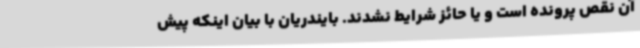
آن نقص پرونده است و یا حائز شرایط نشدند. بایندریان با بیان اینکه پیش